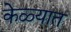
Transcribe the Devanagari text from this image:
केळ्यात